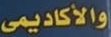
والأكاديمي